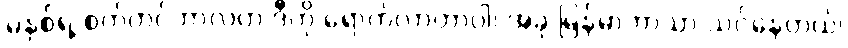
မနှစ်ရဲ့ စက်တင်ဘာလက ဒီကို ရောက်လာတာပါ၊ အခု မြန်မာဘာသာ သင်နေတယ်၊